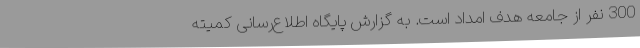
300 نفر از جامعه هدف امداد است. به گزارش پایگاه اطلاع‌رسانی کمیته